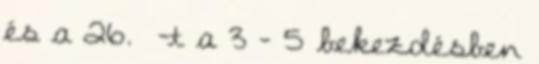
és a 26. §-t a 3 – 5 bekezdésben